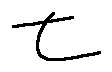
t